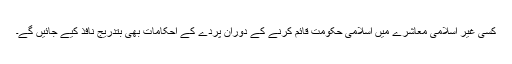
کسی غیر اسلامی معاشرے میں اسلامی حکومت قائم کرنے کے دوران پردے کے احکامات بھی بتدریج نافذ کیے جائیں گے۔